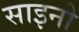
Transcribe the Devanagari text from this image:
साइनो